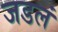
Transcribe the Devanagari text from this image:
जडलं